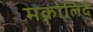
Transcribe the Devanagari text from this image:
मक्रोलिदे